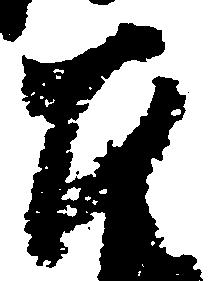
召